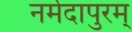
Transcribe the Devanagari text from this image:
नर्मदापुरम्